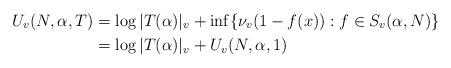
LaTeX: \begin{align*} U_v(N,\alpha,T) & = \log|T(\alpha)|_v + \inf\{\nu_v(1 - f(x)):f\in S_v(\alpha,N)\} \\ & = \log|T(\alpha)|_v + U_v(N,\alpha,1)\end{align*}